Lunatic asylums Central Provinces reports 1895-1909 - 1895-1909
Year: 1895
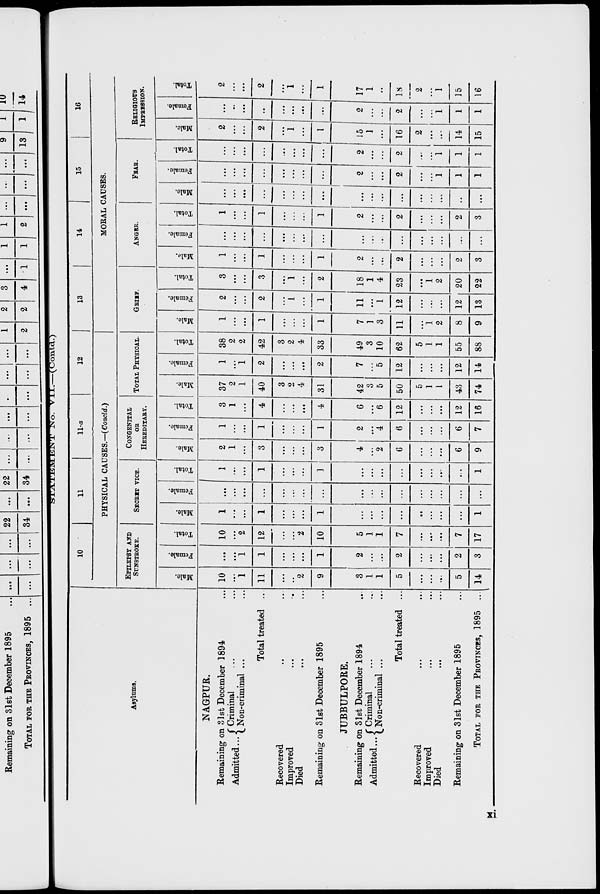
STATEMENT No. VII.—(Contd.)
Asylums.
NAGPUR.
Remaining on 31st December 1894 ...
Admitted ... Criminal ... ...
Non-criminal ... ...
Total treated ...
Recovered ... ...
Improved ... ...
Died ... ...
Remaining on 31st December 1895 ...
JUBBULPORE.
Remaining on 31st December 1894 ...
Admitted... Criminal ... ...
Non-criminal ... ...
Total treated ...
Recovered ... ...
Improved ... ...
Died ... ...
Remaining on 31st December 1895 ...
TOTAL FOR THE PROVINCES, 1895 ...
10
11
11-a
12
PHYSICAL CAUSES.—(Conoid.)
EPILEPSY AND
SUNSTOKE.
Male.
10
...
1
11
...
...
2
9
3
1
1
5
...
...
...
5
14
Female.
...
...
1
1
...
...
...
1
2
...
...
2
...
...
...
2
3
Total.
10
...
2
12
...
...
2
10
5
1
1
7
...
...
...
7
17
SECRET VICE.
Male.
1
...
...
1
...
...
...
1
...
...
...
...
...
...
...
...
1
Female.
...
...
...
...
...
...
...
...
...
....
...
...
...
...
...
...
...
Total.
1
...
...
1
...
...
...
1
...
...
...
...
...
...
...
...
1
CONGENITAL
OR
HEREDITARY.
Male.
2
1
...
3
...
...
...
3
4
...
2
6
...
...
...
6
9
Female.
1
...
...
1
...
...
...
1
2
....
4
6
...
...
...
6
7
Total.
3
1
...
4
...
...
4
6
...
6
12
...
...
...
12
16
TOTAL PHYSICAL.
Male.
37
2
1
40
3
2
4
31
42
3
5
50
5
1
1
43
74
Female.
1
...
1
2
...
...
...
2
7
...
5
12
...
...
...
12
14
Total.
38
2
2
42
3
2
4
33
49
3
10
62
5
1
1
55
88
13
I
14
15
16
MORAL CAUSES.
GRIEF.
Male.
1
...
...
1
...
...
...
1
7
1
3
11
1
2
8
9
Female.
2
...
...
2
...
1
...
1
11
...
1
12
...
...
...
12
13
Total.
3
...
...
3
...
1
...
2
18
1
4
23
...
1
2
20
22
ANGER.
Male.
1
...
...
1
...
...
...
1
2
...
...
2
...
...
...
2
3
Female.
...
...
...
...
...
...
...
...
...
...
...
...
...
...
...
...
...
Total.
1
...
...
1
...
...
...
1
2
...
...
2
...
...
...
2
3
FEAR.
Male.
...
...
...
...
...
...
...
...
...
...
...
...
...
...
....
...
...
Female.
...
...
...
...
...
...
...
...
2
...
...
2
...
...
1
1
1
Total.
...
...
...
...
...
...
...
...
2
...
...
2
...
...
1
1
1
RELIGIOUS
IMPRESSION.
Male.
2
...
...
2
...
1
...
1
15
1
...
16
2
...
...
14
15
Female.
...
...
...
...
...
...
...
...
2
...
...
2
...
...
1
1
1
Total.
2
...
...
2
...
1
...
1
17
1
...
18
2
...
1
15
16
xi